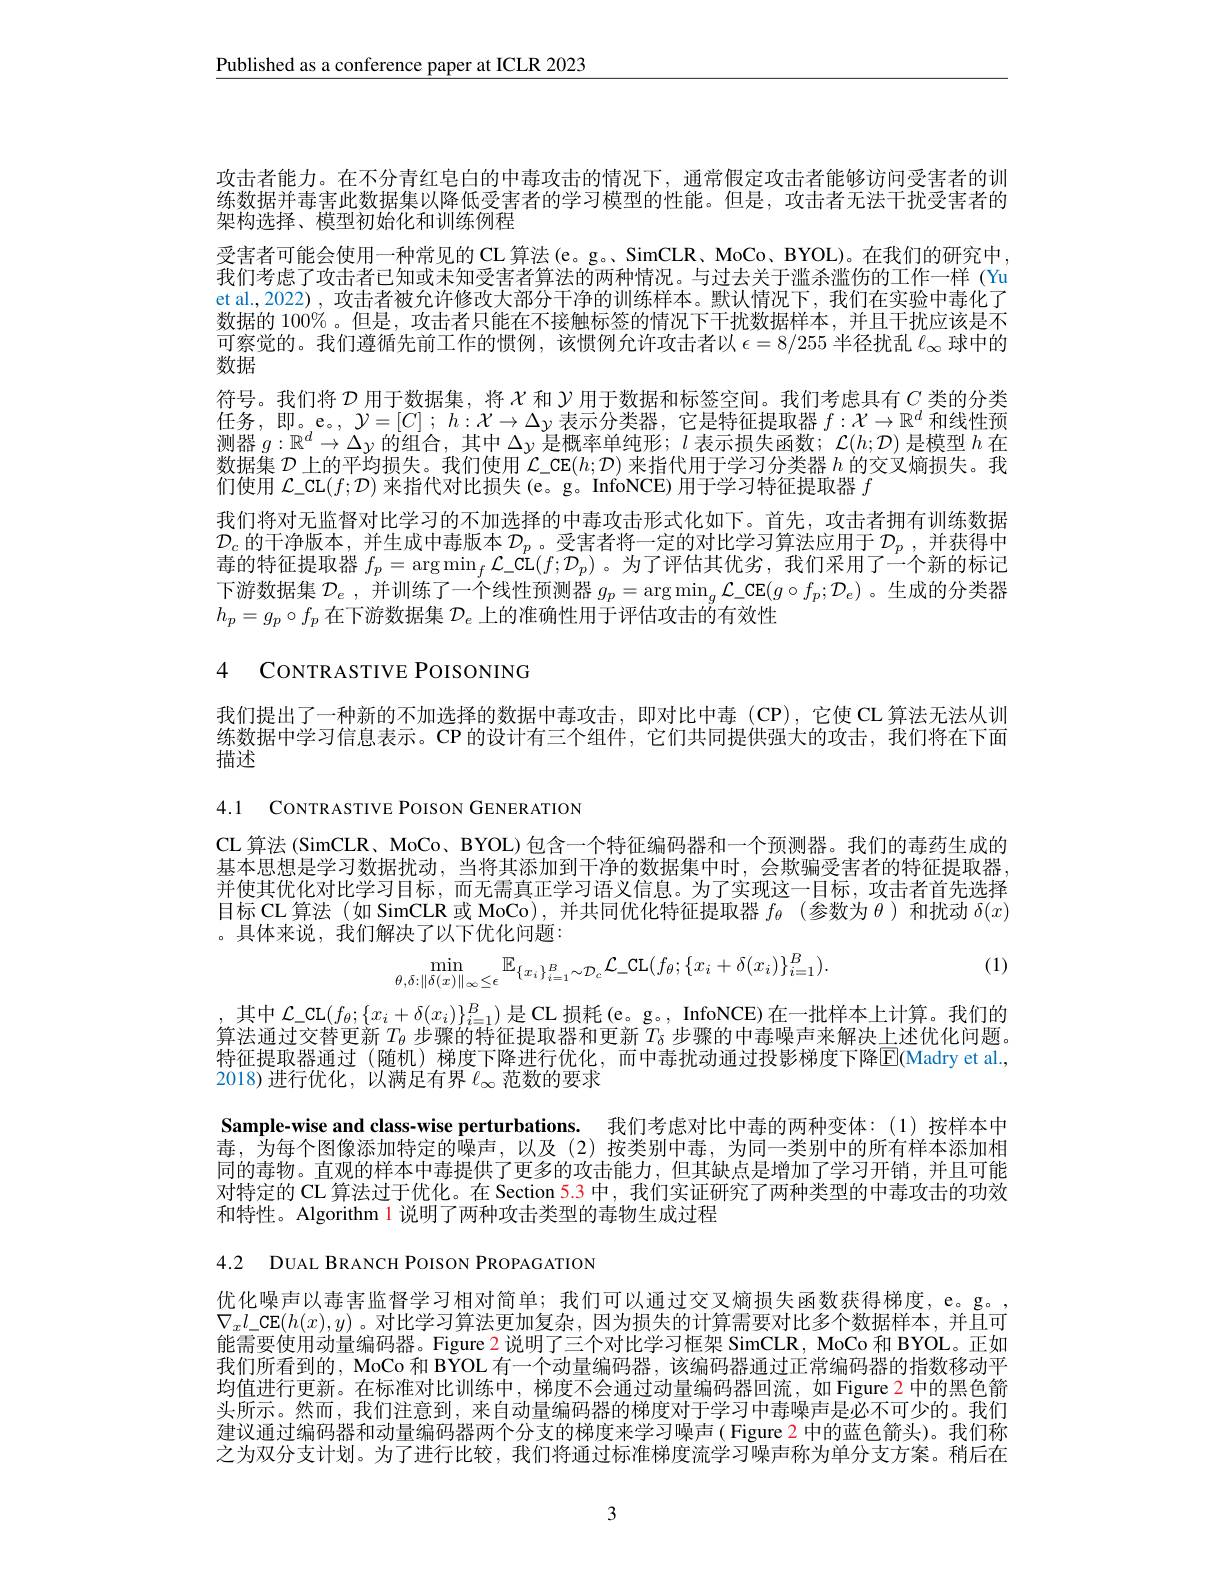
$\underline{\text{Published as a conference paper at ICLR 2023}}$

攻击者能力。在不分青红皂白的中毒攻击的情况下，通常假定攻击者能够访问受害者的训练数据并毒害此数据集以降低受害者的学习模型的性能。但是，攻击者无法干扰受害者的架构选择、模型初始化和训练例程
受害者可能会使用一种常见的 CL 算法 (e。g。SimCLR、MoCo、BYOL)。在我们的研究中， 我们考虑了攻击者已知或未知受害者算法的两种情况。与过去关于滥杀滥伤的工作一样 (Yu et al., 2022) , 攻击者被允许修改大部分干净的训练样本。默认情况下，我们在实验中毒化了数据的 100%。但是，攻击者只能在不接触标签的情况下干扰数据样本，并且干扰应该是不可察觉的。我们遵循先前工作的惯例，该惯例允许攻击者以$\epsilon=8/255$半径扰乱$\ell_\infty$球中的数据
符号。我们将$\mathcal{D}$用于数据集，将$\chi$和$\mathcal{Y}$用于数据和标签空间。我们考虑具有$C$类的分类任务，即。e。$,\mathcal{Y}=[C];h:\mathcal{X}\to\Delta y$表示分类器，它是特征提取器$f:\mathcal{X}\to\mathbb{R}^d$和线性预测器$g:\mathbb{R}^d\to\Delta y$的组合，其中$\Delta y$是概率单纯形；$l$表示损失函数；$\mathcal{L}(h;\mathcal{D})$是模型$h$在数据集$\mathcal{D}$上的平均损失。我们使用$\mathcal{L}\_\mathsf{CE}(h;\mathcal{D})$来指代用于学习分类器$h$的交叉熵损失。我们使用$\mathcal{L}\_$CL$(f;\mathcal{D})$来指代对比损失(e。g。InfoNCE) 用于学习特征提取器$f$
我们将对无监督对比学习的不加选择的中毒攻击形式化如下。首先，攻击者拥有训练数据$\mathcal{D}_c$的干净版本，并生成中毒版本$\mathcal{D}_p$。受害者将一定的对比学习算法应用于$\mathcal{D} _p$ , 并获得中毒的特征提取器$f_p=\arg\min_f\mathcal{L}_-\hat{\mathrm{CL}}(f;\mathcal{D}_p)$ 。为了评估其优劣，我们采用了一个新的标记下游数据集$\mathcal{D}_e$,并训练了一个线性预测器$g_p=\arg\min_g\mathcal{L}\_\mathsf{CE}(g\circ f_p;\mathcal{D}_e)$ 。生成的分类器$h_p=g_p\circ f_p$在下游数据集$\mathcal{D}_e$上的准确性用于评估攻击的有效性

# 4 CONTRASTIVE POISONING

我们提出了一种新的不加选择的数据中毒攻击，即对比中毒(CP),它使 CL 算法无法从训练数据中学习信息表示。CP 的设计有三个组件，它们共同提供强大的攻击，我们将在下面描述

4.1 CONTRASTIVE POISON GENERATION

CL 算法 (SimCLR、MoCo、BYOL)包含一个特征编码器和一个预测器。我们的毒药生成的基本思想是学习数据扰动，当将其添加到干净的数据集中时，会欺骗受害者的特征提取器并使其优化对比学习目标，而无需真正学习语义信息。为了实现这一目标，攻击者首先选择目标 CL 算法(如 SimCLR 或 MoCo),并共同优化特征提取器$f_\theta$ (参数为$\theta$ )和扰动$\delta(x)$ 。具体来说，我们解决了以下优化问题：

(1)
$$\min_{\theta,\delta:\|\delta(x)\|_{\infty}\leq\epsilon}\mathbb{E}_{\{x_{i}\}_{i=1}^{B}\sim\mathcal{D}_{c}}\mathcal{C}_{-}\mathrm{CL}(f_{\theta};\{x_{i}+\delta(x_{i})\}_{i=1}^{B}).$$
其中$\mathcal{L}\_$CL$(f_\theta;\{x_i+\delta(x_i)\}_{i=1}^B)$ 是 CL 损耗(e。g。, InfoNCE)在一批样本上计算。我们的算法通过交替更新$T_\theta$步骤的特征提取器和更新$T_\delta$步骤的中毒噪声来解决上述优化问题。特征提取器通过(随机)梯度下降进行优化，而中毒扰动通过投影梯度下降$\overline{\mathrm{E}}($Madry et al. 2018)进行优化，以满足有界$\ell_\infty$范数的要求

Sample-wise and class-wise perturbations. 我们考虑对比中毒的两种变体：(1)按样本中毒，为每个图像添加特定的噪声，以及(2)按类别中毒，为同一类别中的所有样本添加相同的毒物。直观的样本中毒提供了更多的攻击能力，但其缺点是增加了学习开销，并且可能对特定的 CL 算法过于优化。在 Section 5.3 中，我们实证研究了两种类型的中毒攻击的功效和特性。Algorithm 1 说明了两种攻击类型的毒物生成过程

4.2 DUAL BRANCH POISON PROPAGATION

优化噪声以毒害监督学习相对简单；我们可以通过交叉熵损失函数获得梯度，e。g。, $\nabla_xl\_\mathsf{CE}(h(x),y)$。对比学习算法更加复杂，因为损失的计算需要对比多个数据样本，并且可能需要使用动量编码器。Figure 2说明了三个对比学习框架 SimCLR, MoCo 和 BYOL。正如我们所看到的，MoCo 和 BYOL 有一个动量编码器，该编码器通过正常编码器的指数移动平均值进行更新。在标准对比训练中，梯度不会通过动量编码器回流，如 Figure 2 中的黑色箭头所示。然而，我们注意到，来自动量编码器的梯度对于学习中毒噪声是必不可少的。我们建议通过编码器和动量编码器两个分支的梯度来学习噪声( Figure 2 中的蓝色箭头)。我们称之为双分支计划。为了进行比较，我们将通过标准梯度流学习噪声称为单分支方案。稍后在

3